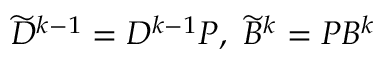
\widetilde { D } ^ { k - 1 } = D ^ { k - 1 } P , \ \widetilde { B } ^ { k } = P B ^ { k }